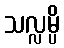
သလ္လမ္ပိ